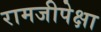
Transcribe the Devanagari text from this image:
रामजीपेक्षा